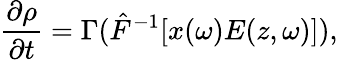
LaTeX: \frac{\partial\rho}{\partial t}=\Gamma(\hat{F}^{-1}[x(\omega)E(z,\omega)]),